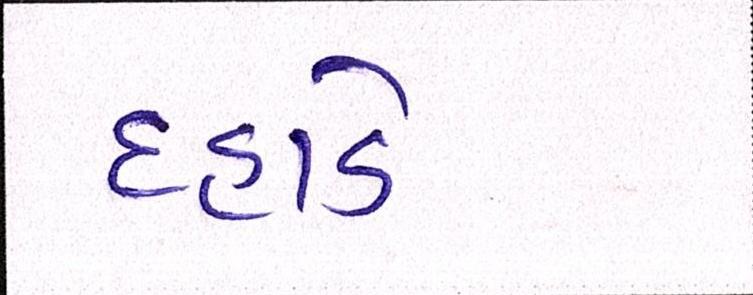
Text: દહાડે